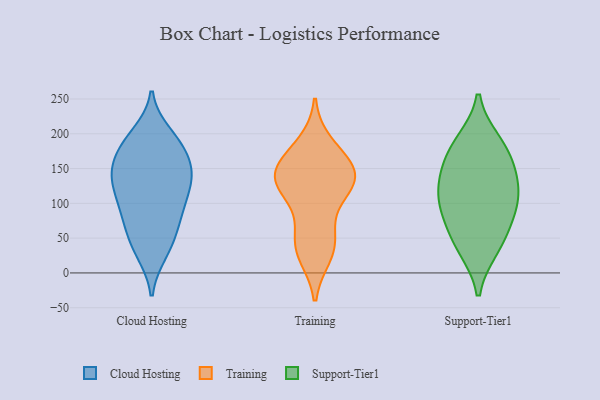
{"axis": {"x": "Inventory Turnover", "y": "Value"}, "legend": ["Cloud Hosting", "Support-Tier1", "Training"], "data": [{"x": "", "y": 170, "type": "Cloud Hosting"}, {"x": "", "y": 133, "type": "Cloud Hosting"}, {"x": "", "y": 57, "type": "Cloud Hosting"}, {"x": "", "y": 136, "type": "Cloud Hosting"}, {"x": "", "y": 139, "type": "Cloud Hosting"}, {"x": "", "y": 86, "type": "Cloud Hosting"}, {"x": "", "y": 32, "type": "Cloud Hosting"}, {"x": "", "y": 155, "type": "Cloud Hosting"}, {"x": "", "y": 190, "type": "Cloud Hosting"}, {"x": "", "y": 29, "type": "Cloud Hosting"}, {"x": "", "y": 183, "type": "Cloud Hosting"}, {"x": "", "y": 186, "type": "Cloud Hosting"}, {"x": "", "y": 92, "type": "Cloud Hosting"}, {"x": "", "y": 52, "type": "Cloud Hosting"}, {"x": "", "y": 139, "type": "Cloud Hosting"}, {"x": "", "y": 82, "type": "Cloud Hosting"}, {"x": "", "y": 145, "type": "Cloud Hosting"}, {"x": "", "y": 116, "type": "Cloud Hosting"}, {"x": "", "y": 102, "type": "Cloud Hosting"}, {"x": "", "y": 199, "type": "Cloud Hosting"}, {"x": "", "y": 120, "type": "Training"}, {"x": "", "y": 27, "type": "Training"}, {"x": "", "y": 184, "type": "Training"}, {"x": "", "y": 136, "type": "Training"}, {"x": "", "y": 121, "type": "Training"}, {"x": "", "y": 38, "type": "Training"}, {"x": "", "y": 169, "type": "Training"}, {"x": "", "y": 66, "type": "Training"}, {"x": "", "y": 140, "type": "Training"}, {"x": "", "y": 129, "type": "Training"}, {"x": "", "y": 38, "type": "Training"}, {"x": "", "y": 149, "type": "Training"}, {"x": "", "y": 145, "type": "Training"}, {"x": "", "y": 111, "type": "Support-Tier1"}, {"x": "", "y": 121, "type": "Support-Tier1"}, {"x": "", "y": 74, "type": "Support-Tier1"}, {"x": "", "y": 36, "type": "Support-Tier1"}, {"x": "", "y": 159, "type": "Support-Tier1"}, {"x": "", "y": 41, "type": "Support-Tier1"}, {"x": "", "y": 188, "type": "Support-Tier1"}, {"x": "", "y": 182, "type": "Support-Tier1"}, {"x": "", "y": 147, "type": "Support-Tier1"}, {"x": "", "y": 111, "type": "Support-Tier1"}, {"x": "", "y": 85, "type": "Support-Tier1"}]}